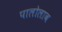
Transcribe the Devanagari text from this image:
पालोलाब